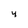
Character: 4